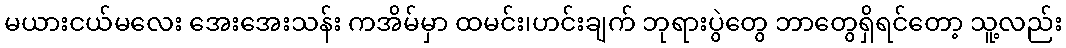
မယားငယ်မလေး အေးအေးသန်း ကအိမ်မှာ ထမင်း၊ဟင်းချက် ဘုရားပွဲတွေ ဘာတွေရှိရင်တော့ သူ့လည်း